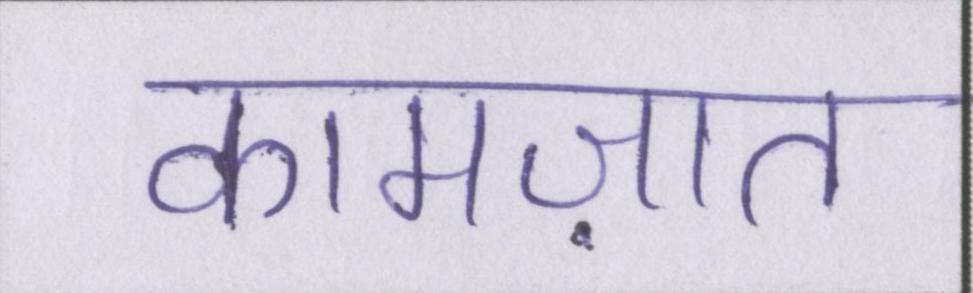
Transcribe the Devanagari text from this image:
कामज़ात